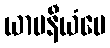
ယာပနီယံပေ